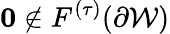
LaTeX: \boldsymbol{0}\not\in F^{(\tau)}(\partial\mathcal{W})